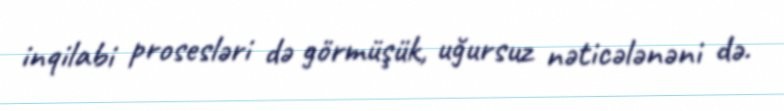
inqilabi prosesləri də görmüşük, uğursuz nəticələnəni də.